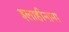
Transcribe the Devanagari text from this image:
इलाहीनामा